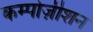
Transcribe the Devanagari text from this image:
कम्पोज़ीशन